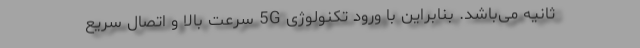
ثانیه می‌باشد. بنابراین با ورود تکنولوژی 5G سرعت بالا و اتصال سریع